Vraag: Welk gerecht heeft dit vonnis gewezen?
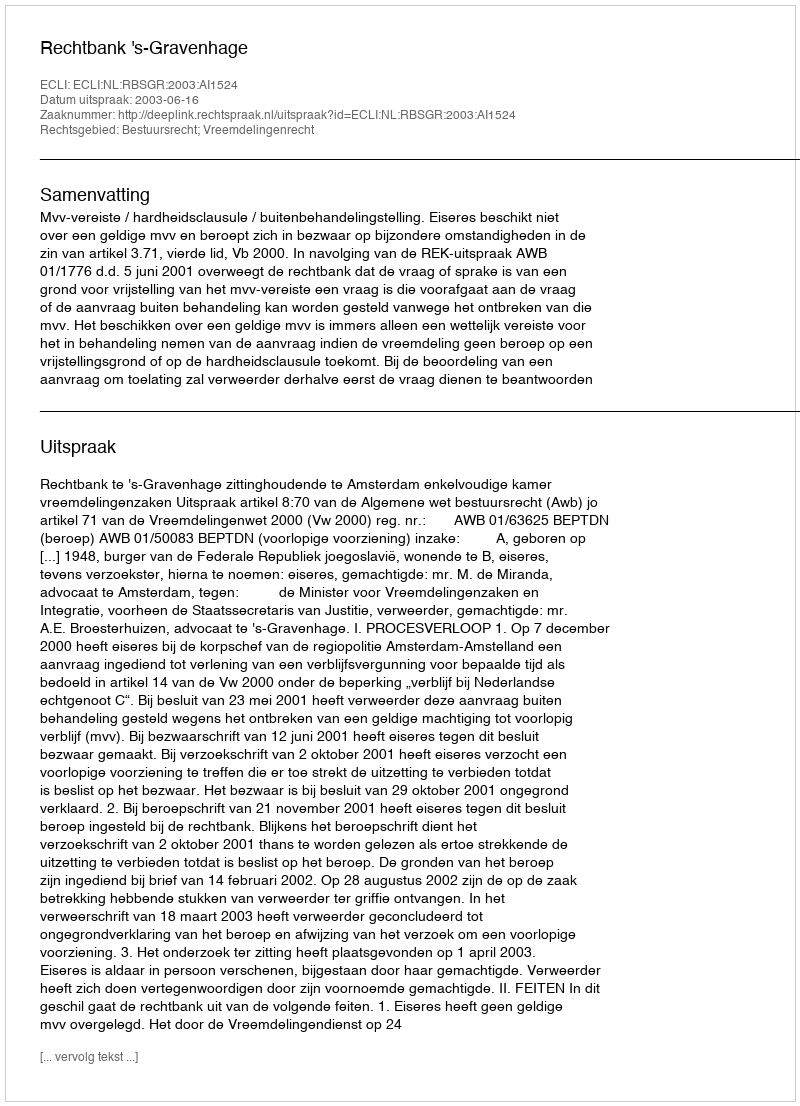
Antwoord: Rechtbank 's-Gravenhage